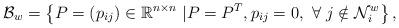
LaTeX: \begin{align*} \mathcal{B}_w = \left\{ P = (p_{ij}) \in \mathbb{R}^{n\times n} ~| P = P^T, p_{ij} = 0,~ \forall ~ j \notin \mathcal{N}^w_i \right \},\end{align*}